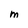
Character: M